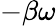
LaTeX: -\beta\omega